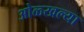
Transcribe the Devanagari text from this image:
ओळ्खल्या